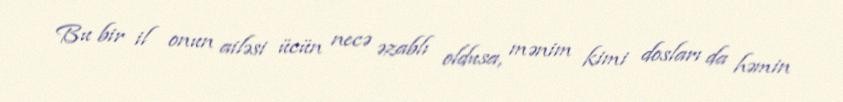
Bu bir il onun ailəsi ücün necə əzablı oldusa, mənim kimi dosları da həmin